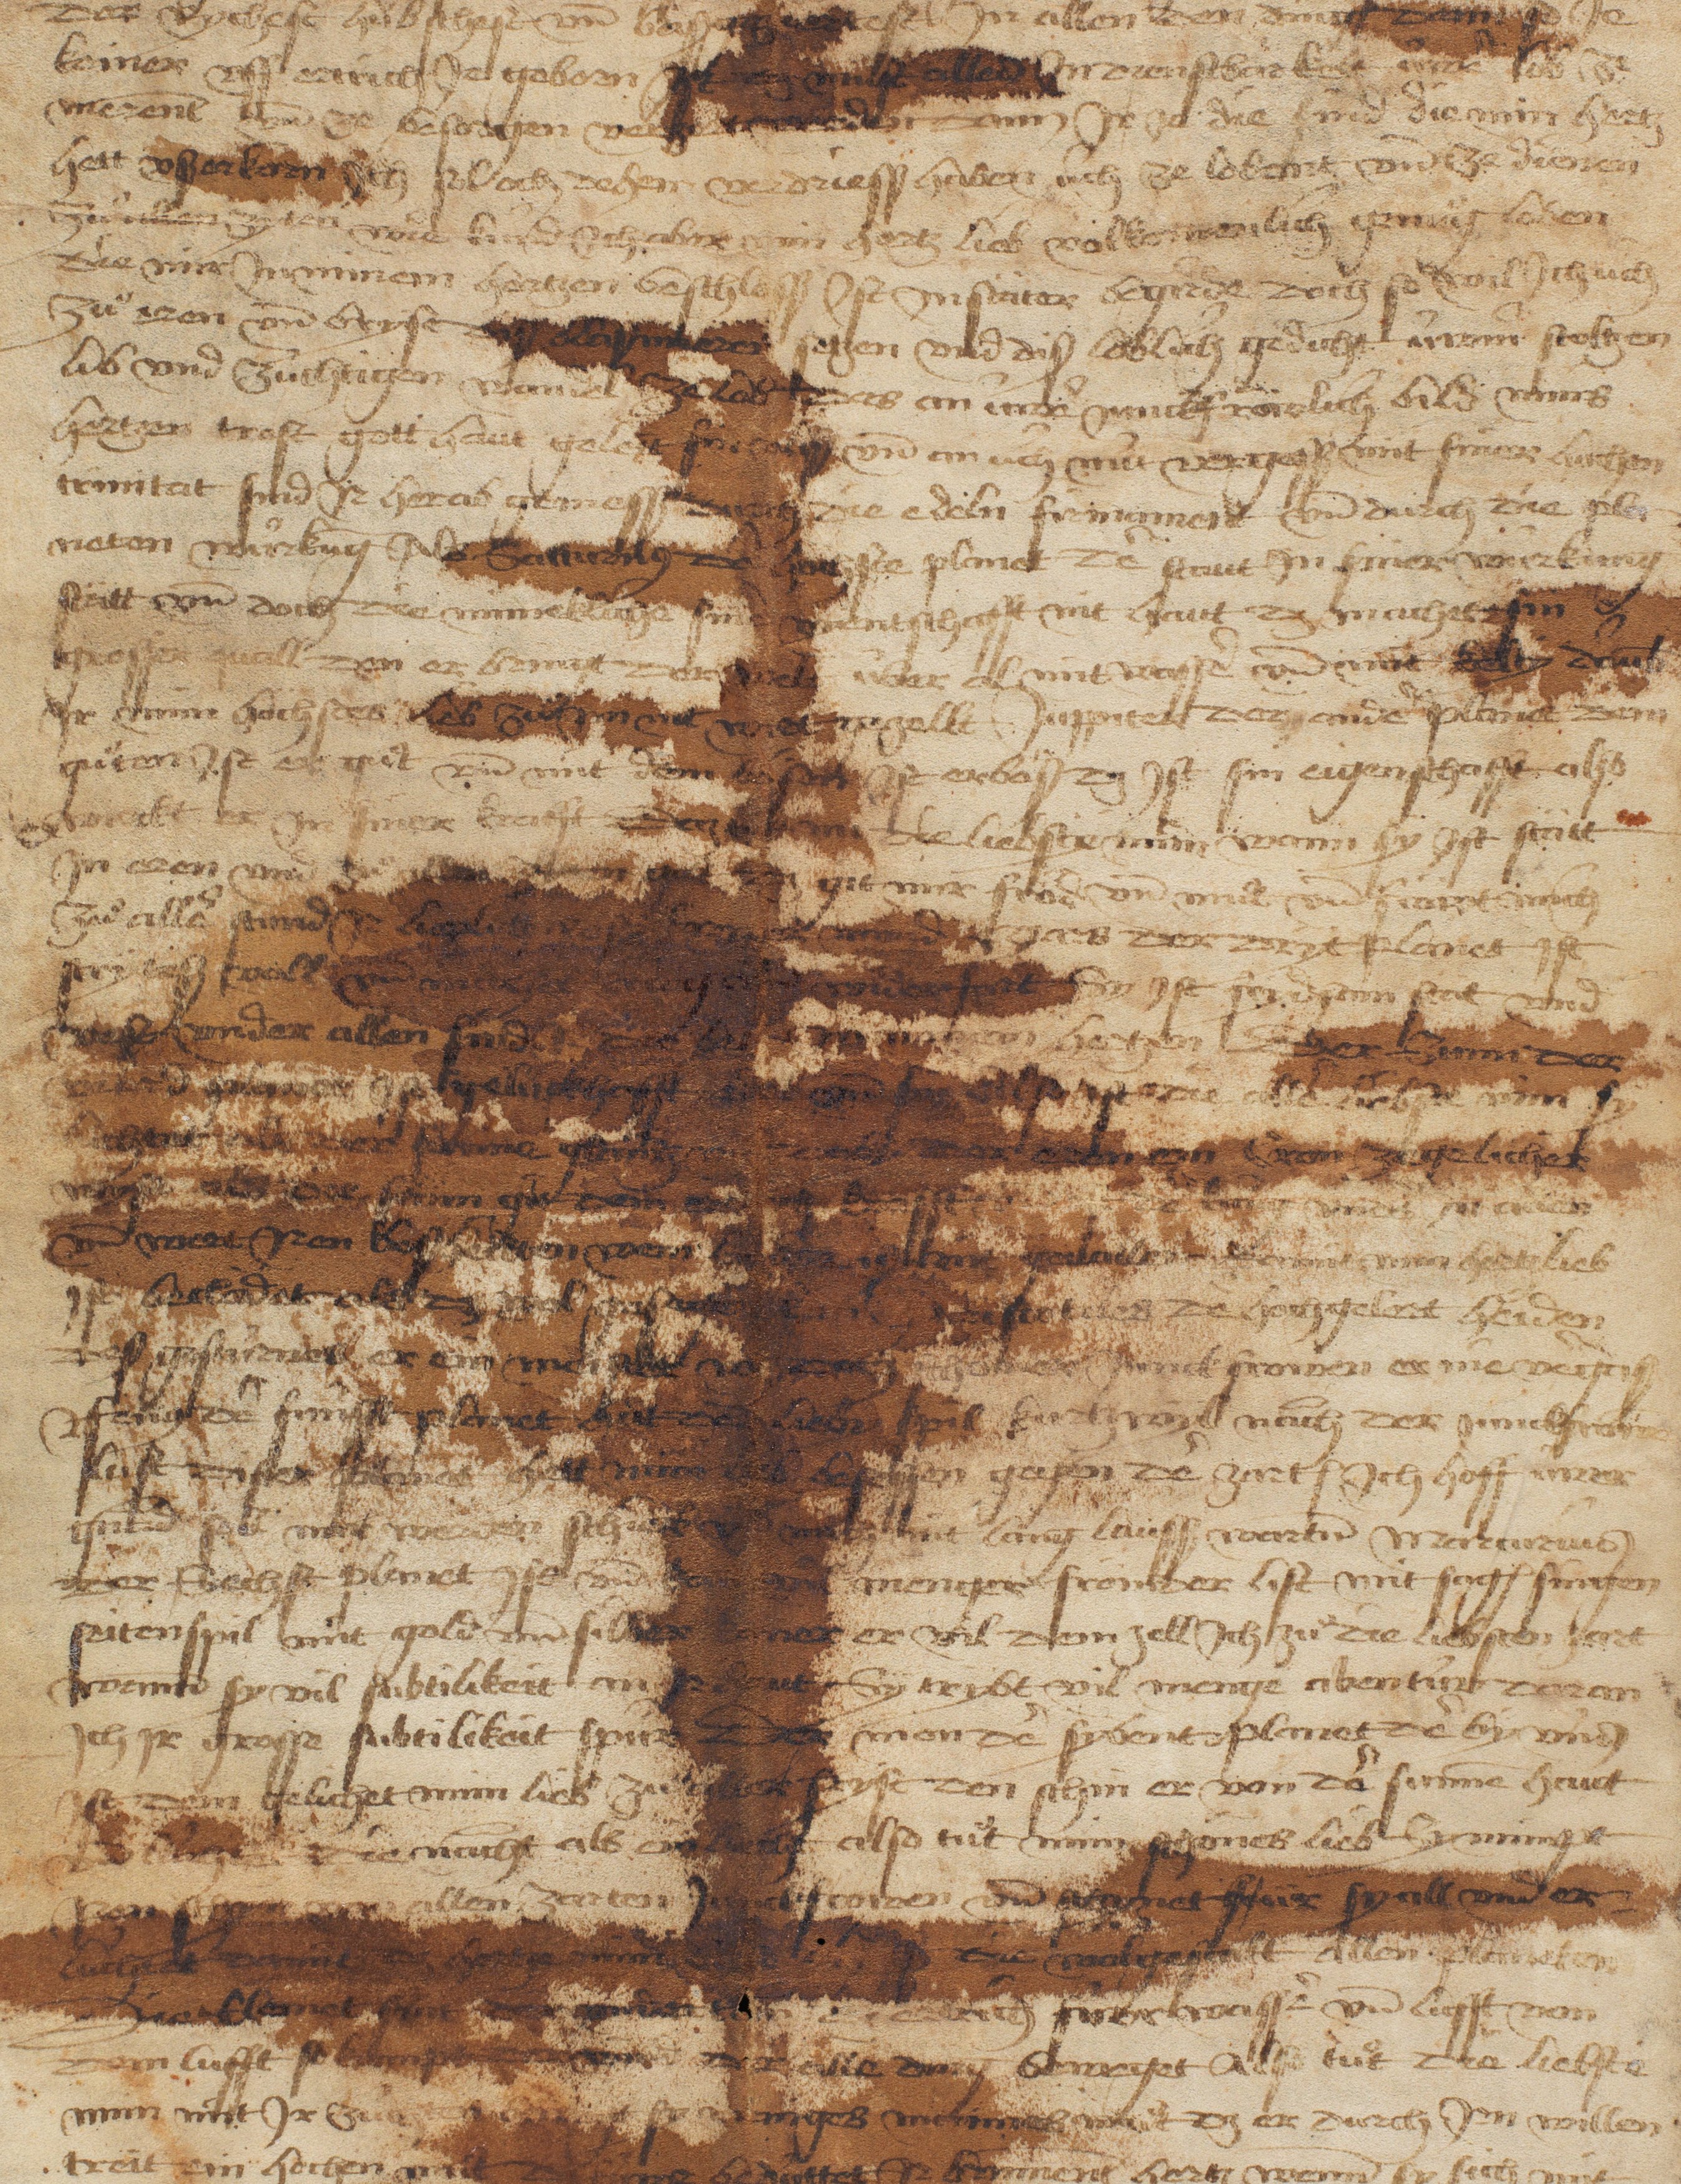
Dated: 1450–1499